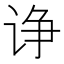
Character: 诤